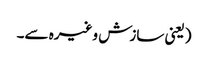
(یعنی سازش وغیرہ سے۔